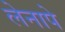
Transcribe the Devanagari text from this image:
लेनापे